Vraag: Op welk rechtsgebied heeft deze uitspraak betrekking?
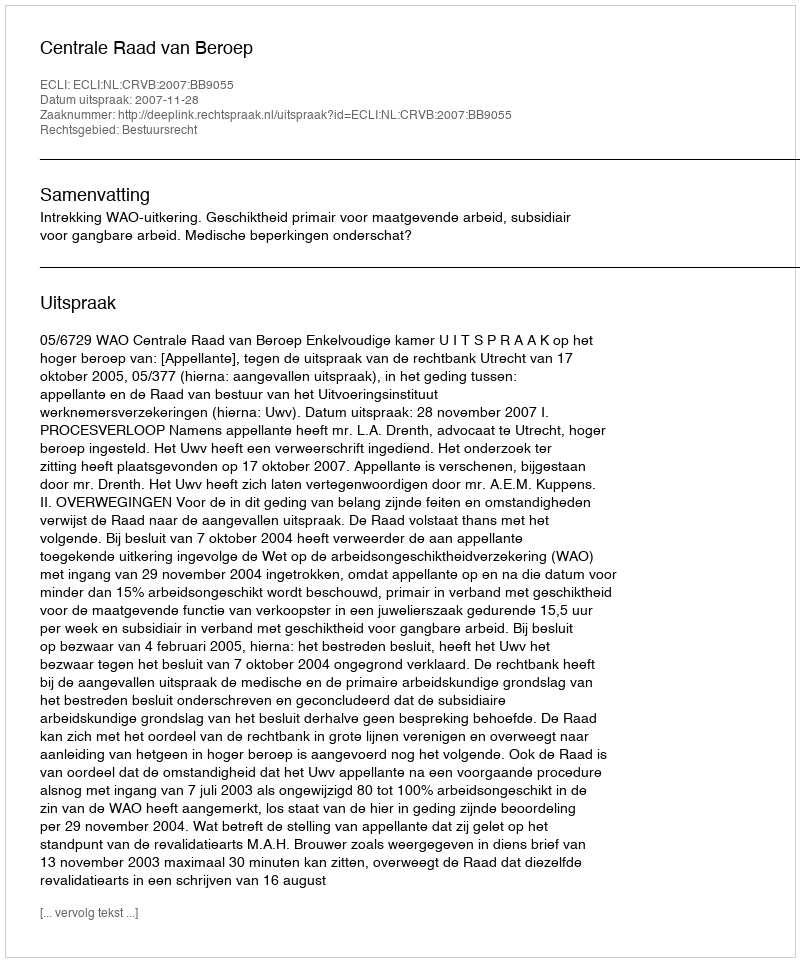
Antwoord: Bestuursrecht